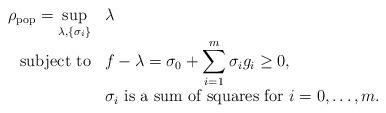
LaTeX: \begin{align*}\begin{array}{rl}\rho_{\textnormal{pop}} = \displaystyle \sup_{\lambda, \{ \sigma_i\} } & \lambda \\\textnormal{subject to} & \displaystyle f - \lambda= \sigma_0 + \sum_{i=1}^m \sigma_ig_i \geq 0, \\& \displaystyle \sigma_i \textnormal{ is a sum of squares for } i = 0,\dots,m.\end{array}\end{align*}